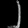
Digit: ၂